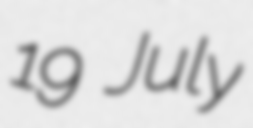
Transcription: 19 July